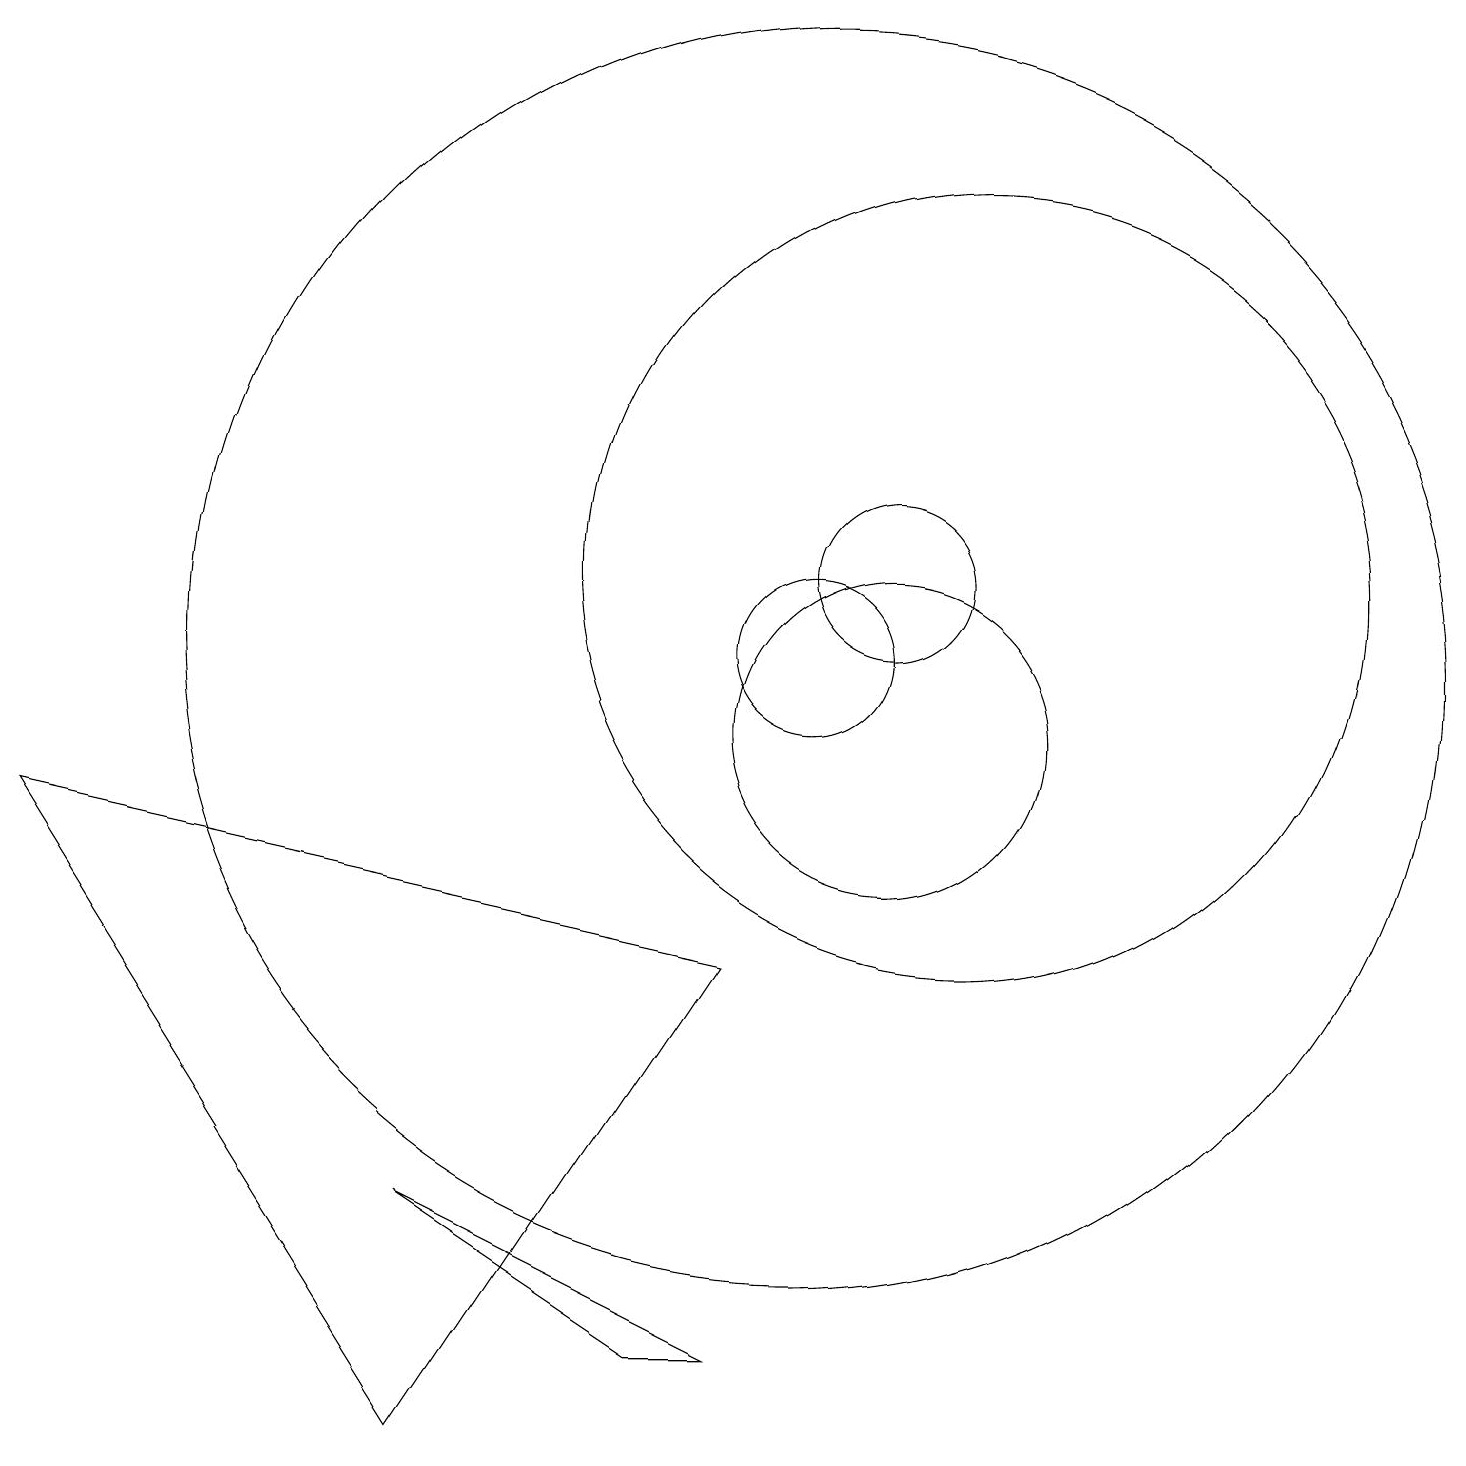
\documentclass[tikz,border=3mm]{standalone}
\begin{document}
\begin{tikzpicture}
\draw (10,11) circle (8);
\draw (11,12) circle (1);
\draw (10,11) circle (1);
\draw (5,1) -- (9,7) -- (0,9) -- cycle;
\draw (5,4) -- (8,2) -- (9,2) -- cycle;
\draw (11,10) circle (2);
\draw (12,12) circle (5);
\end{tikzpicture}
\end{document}